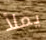
يملأ